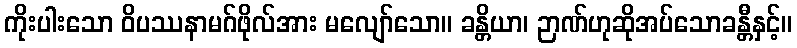
ကိုးပါးသော ဝိပဿနာမဂ်ဖိုလ်အား မလျော်သော။ ခန္တိယာ၊ ဉာဏ်ဟုဆိုအပ်သောခန္တီနှင့်။